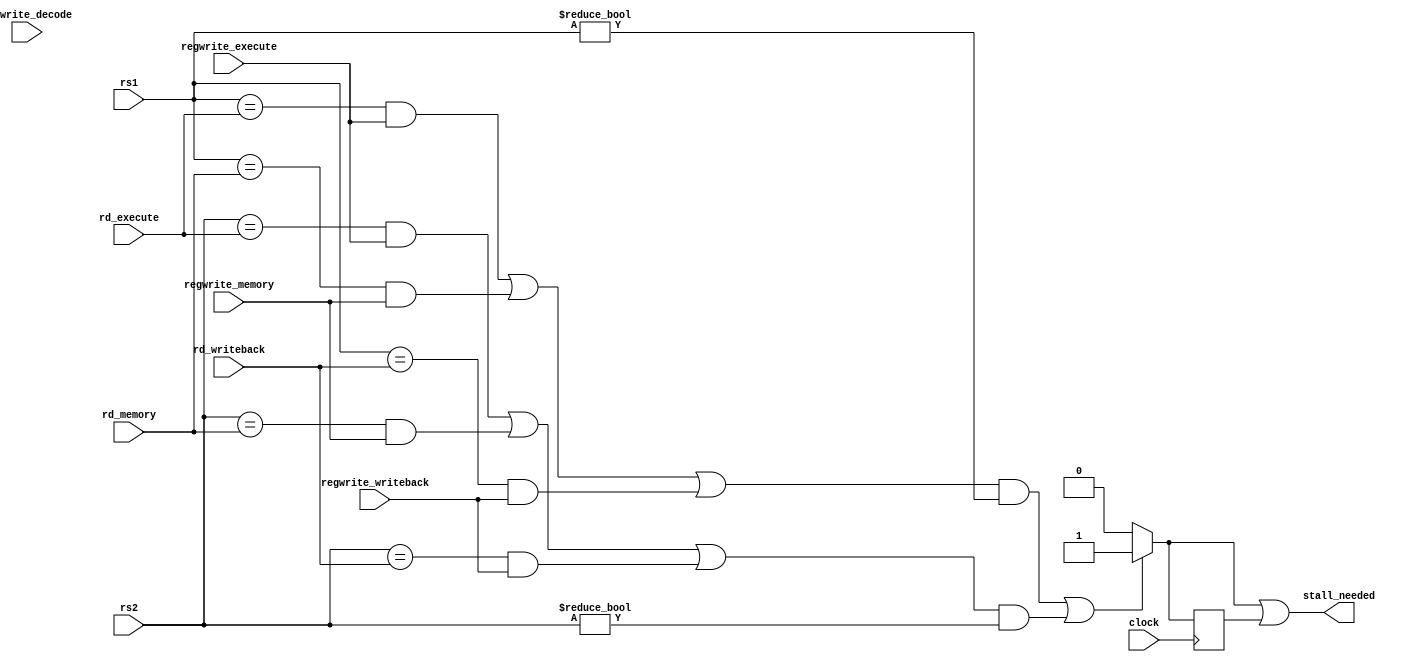
/*  @author : Adaptive & Secure Computing Systems (ASCS) Laboratory

 *  Copyright (c) 2018 BRISC-V (ASCS/ECE/BU)
 *  Permission is hereby granted, free of charge, to any person obtaining a copy
 *  of this software and associated documentation files (the "Software"), to deal
 *  in the Software without restriction, including without limitation the rights
 *  to use, copy, modify, merge, publish, distribute, sublicense, and/or sell
 *  copies of the Software, and to permit persons to whom the Software is
 *  furnished to do so, subject to the following conditions:
 *  The above copyright notice and this permission notice shall be included in
 *  all copies or substantial portions of the Software.
 z
 *  THE SOFTWARE IS PROVIDED "AS IS", WITHOUT WARRANTY OF ANY KIND, EXPRESS OR
 *  IMPLIED, INCLUDING BUT NOT LIMITED TO THE WARRANTIES OF MERCHANTABILITY,
 *  FITNESS FOR A PARTICULAR PURPOSE AND NONINFRINGEMENT. IN NO EVENT SHALL THE
 *  AUTHORS OR COPYRIGHT HOLDERS BE LIABLE FOR ANY CLAIM, DAMAGES OR OTHER
 *  LIABILITY, WHETHER IN AN ACTION OF CONTRACT, TORT OR OTHERWISE, ARISING FROM,
 *  OUT OF OR IN CONNECTION WITH THE SOFTWARE OR THE USE OR OTHER DEALINGS IN
 *  THE SOFTWARE.
 *
 *
 */

/*********************************************************************************
*                              stallControl.v                                    *
*********************************************************************************/


module stall_control_unit  (
    input clock,
    input [4:0] rs1,
    input [4:0] rs2,
    input regwrite_decode,
    input regwrite_execute,
    input regwrite_memory,
    input regwrite_writeback,
    input [4:0] rd_execute,
    input [4:0] rd_memory,
    input [4:0] rd_writeback,

    output stall_needed
);

reg stall;
wire stall_interupt;
wire rs1_hazard_execute;
wire rs1_hazard_memory;
wire rs1_hazard_writeback;
wire rs2_hazard_execute;
wire rs2_hazard_memory;
wire rs2_hazard_writeback;
wire rs1_hazard_detected;
wire rs2_hazard_detected;

// Detect hazards between decode and other stages
assign rs1_hazard_execute   = (rs1 == rd_execute   ) & regwrite_execute  ;
assign rs1_hazard_memory    = (rs1 == rd_memory    ) & regwrite_memory   ;
assign rs1_hazard_writeback = (rs1 == rd_writeback ) & regwrite_writeback;

assign rs2_hazard_execute   = (rs2 == rd_execute   ) & regwrite_execute  ;
assign rs2_hazard_memory    = (rs2 == rd_memory    ) & regwrite_memory   ;
assign rs2_hazard_writeback = (rs2 == rd_writeback ) & regwrite_writeback;

// TODO: Add read enable to detect true reads. Not every instruction reads
// both registers.
assign rs1_hazard_detected = (rs1_hazard_execute    |
                              rs1_hazard_memory     |
                              rs1_hazard_writeback) & (rs1 != 5'd0);

assign rs2_hazard_detected = (rs2_hazard_execute    |
                              rs2_hazard_memory     |
                              rs2_hazard_writeback) & (rs2 != 5'd0);

assign stall_interupt = (rs1_hazard_detected | rs2_hazard_detected)?  1'b1 : 1'b0;

//needed extra stall cycle
assign stall_needed = stall_interupt | stall;

always @(posedge clock) begin
    stall <= stall_interupt;
end

endmodule